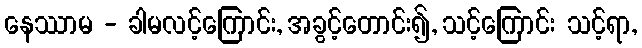
နေဿာမ - ခါမလင့်ကြောင်း, အခွင့်တောင်း၍, သင့်ကြောင်း သင့်ရာ,